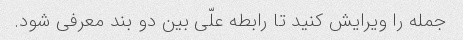
جمله را ویرایش کنید تا رابطه علّی بین دو بند معرفی شود.